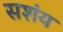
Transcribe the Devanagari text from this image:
सशंय